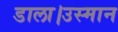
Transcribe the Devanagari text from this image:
डाला।उस्मान